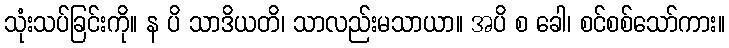
သုံးသပ်ခြင်းကို။ န ပိ သာဒိယတိ၊ သာလည်းမသာယာ။ အပိ စ ခေါ၊ စင်စစ်သော်ကား။